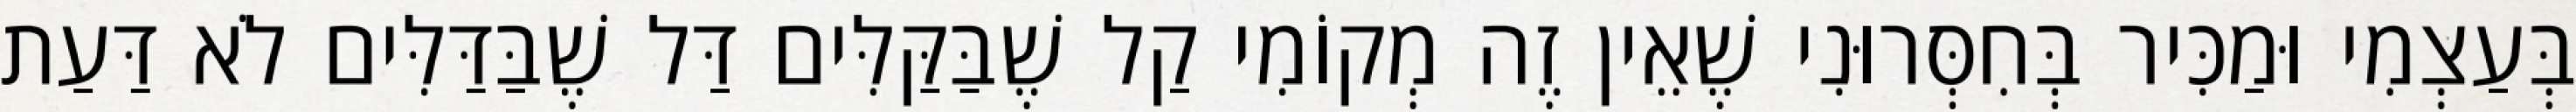
בְּעַצְמִי וּמַכִּיר בְּחִסְּרוּנִי שֶׁאֵין זֶה מְקוֹמִי קַל שֶׁבַּקַּלִּים דַּל שֶׁבַּדַּלִּים לֹא דַּעַת